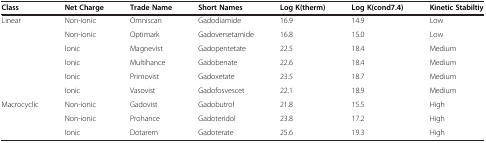
<table><thead><tr><td><b>Class</b></td><td><b>Net Charge</b></td><td><b>Trade Name</b></td><td><b>Short Names</b></td><td><b>Log K(therm)</b></td><td><b>Log K(cond7.4)</b></td><td><b>Kinetic Stabiltiy</b></td></tr></thead><tbody><tr><td>Linear</td><td>Non-ionic</td><td>Omniscan</td><td>Gadodiamide</td><td>16.9</td><td>14.9</td><td>Low</td></tr><tr><td> </td><td>Non-ionic</td><td>Optimark</td><td>Gadoversetamide</td><td>16.8</td><td>15.0</td><td>Low</td></tr><tr><td> </td><td>Ionic</td><td>Magnevist</td><td>Gadopentetate</td><td>22.5</td><td>18.4</td><td>Medium</td></tr><tr><td> </td><td>Ionic</td><td>Multihance</td><td>Gadobenate</td><td>22.6</td><td>18.4</td><td>Medium</td></tr><tr><td> </td><td>Ionic</td><td>Primovist</td><td>Gadoxetate</td><td>23.5</td><td>18.7</td><td>Medium</td></tr><tr><td> </td><td>Ionic</td><td>Vasovist</td><td>Gadofosvescet</td><td>22.1</td><td>18.9</td><td>Medium</td></tr><tr><td>Macrocyclic</td><td>Non-ionic</td><td>Gadovist</td><td>Gadobutrol</td><td>21.8</td><td>15.5</td><td>High</td></tr><tr><td> </td><td>Non-ionic</td><td>Prohance</td><td>Gadoteridol</td><td>23.8</td><td>17.2</td><td>High</td></tr><tr><td> </td><td>Ionic</td><td>Dotarem</td><td>Gadoterate</td><td>25.6</td><td>19.3</td><td>High</td></tr></tbody></table>